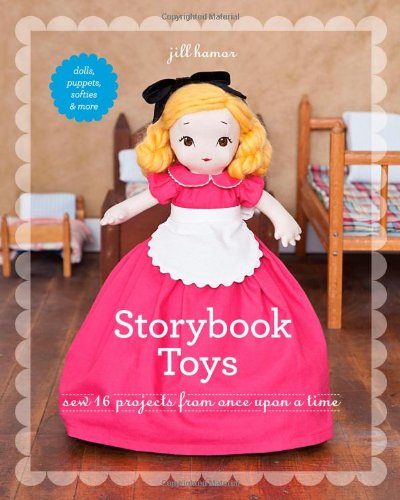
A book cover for Storybook Toys: Sew 16 Projects from Once Upon a Time  Dolls, Puppets, Softies & More; Jill Hamor; Crafts, Hobbies & Home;